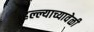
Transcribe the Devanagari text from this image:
हल्ल्याच्यावेळी